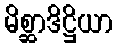
မိစ္ဆာဒိဋ္ဌိယာ